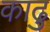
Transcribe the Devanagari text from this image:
काढु